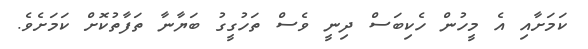
ކަމަށާއި އެ މީހުން ހެކިބަސް ދިނީ ވެސް ތަހުގީގު ބަޔާނާ ތަފާތުކޮށް ކަމަށެވެ.